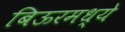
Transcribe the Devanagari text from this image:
बिऊरमध्ये